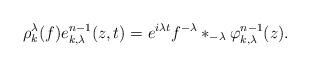
LaTeX: \begin{align*} \rho^{\lambda}_{k}(f)e^{n-1}_{k,\lambda}(z,t)= e^{i \lambda t} f^{-\lambda} \ast_{-\lambda} \varphi_{k,\lambda}^{n-1}(z).\end{align*}